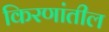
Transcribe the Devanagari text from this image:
किरणांतील